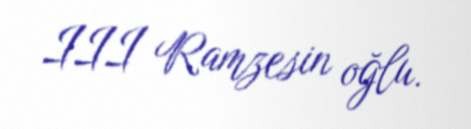
III Ramzesin oğlu.